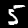
Label: 5